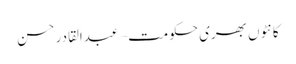
کانٹوں بھری حکومت – عبدالقادر حسن